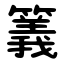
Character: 䉝